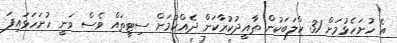
އެ ހުށަހެޅުމަށް 31 ކްލަބަކުން ތާއީދުކުރާކަން ދެއްކުމަށް ސިޓީތައް ވެސް ވަނީ ހުށަހަޅައިފަ